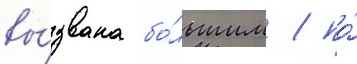
вы́звана бо́льшим / по́